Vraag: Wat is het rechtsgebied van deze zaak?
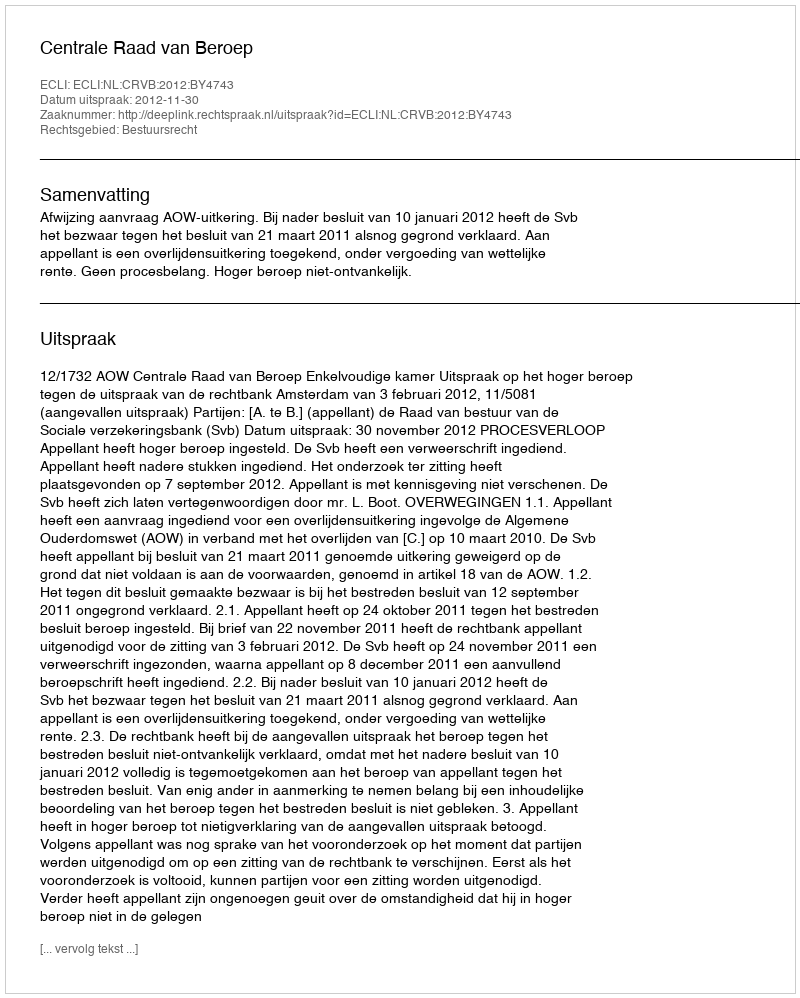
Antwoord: Bestuursrecht